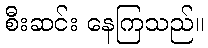
စီးဆင်း နေကြသည်။